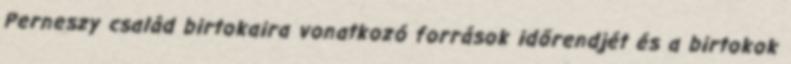
Perneszy család birtokaira vonatkozó források időrendjét és a birtokok